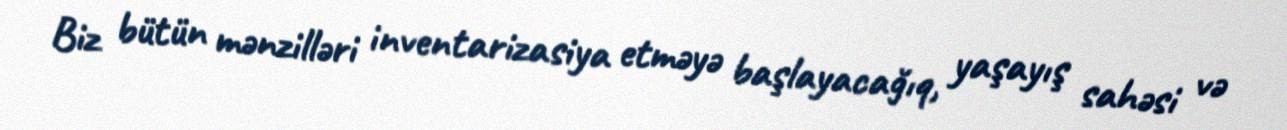
Biz bütün mənzilləri inventarizasiya etməyə başlayacağıq, yaşayış sahəsi və